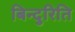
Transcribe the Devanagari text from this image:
बिन्दुरिति